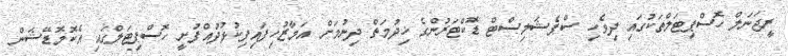
ރީޖަނަލް ހޮސްޕިޓަލްތަކުގައި ދިވެހި ސްޕެޝަލިސްޓް ޑޮކްޓަރުންގެ ޚިދުމަތް ދިނުމަށް އަމާޒުހިފައިފިކުޅުދުއްފުށީ ހޮސްޕިޓަލްގައި އެކޮމޮޑޭޝަން